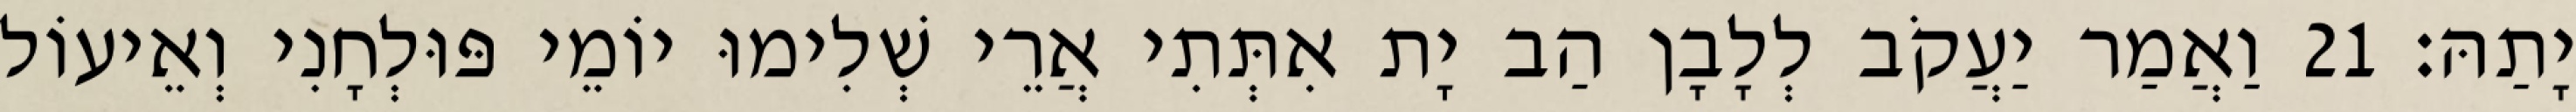
יָתַהּ׃ 21 וַאֲמַר יַעֲקֹב לְלָבָן הַב יָת אִתְּתִי אֲרֵי שְׁלִימוּ יוֹמֵי פּוּלְחָנִי וְאֵיעוֹל